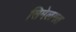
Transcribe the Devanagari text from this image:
सिमेलगत